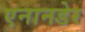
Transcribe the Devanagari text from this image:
एनानडेर